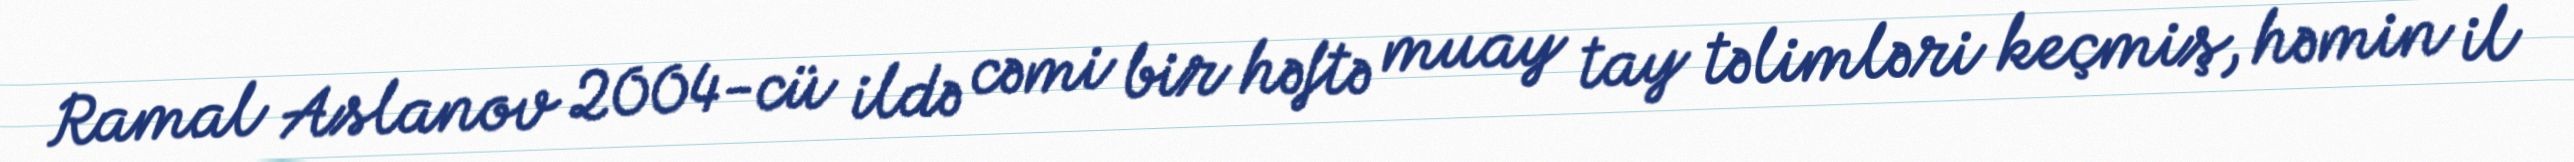
Ramal Aslanov 2004-cü ildə cəmi bir həftə muay tay təlimləri keçmiş, həmin il